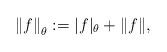
LaTeX: \begin{align*}\left\Vert f\right\Vert_{\theta}:= |f|_{\theta}+\| f \|,\end{align*}